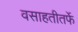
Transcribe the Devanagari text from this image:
वसाहतीतर्फे